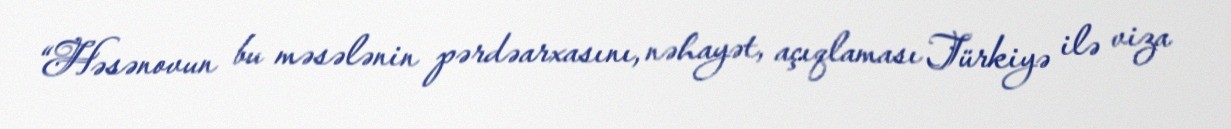
“Həsənovun bu məsələnin pərdəarxasını, nəhayət, açıqlaması Türkiyə ilə viza